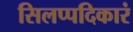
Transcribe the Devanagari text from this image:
सिलप्पदिकारं